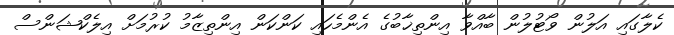
ކެލާގައި އަލުން ވޯޓުލުން ބާއްވާ އިންތިޚާބުގެ އެންމެހައި ކަންކަން އިންތިޒާމު ކުރުމަށް އިލެކްޝަންސް